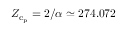
Z _ { \mathrm { c } _ { \mathrm { p } } } = 2 / \alpha \simeq 2 7 4 . 0 7 2